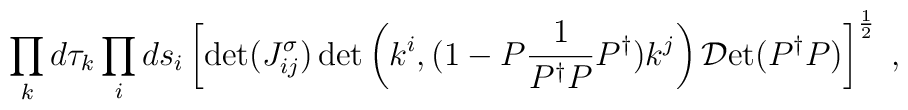
\displaystyle\prod_{k} d\tau_{k} \prod_{i} ds_{i} \left[ \det(J^{\sigma}_{ij})   \det \left( k^{i}, ( 1 - P  \frac{1}{ P^{\dag} P } P^{\dag})  k^{j} \right)   {\cal D} \mbox{et} (P^{\dag} P ) \right]^{\frac{1}{2}} \; ,